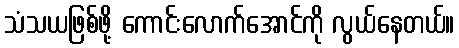
သံသယဖြစ်ဖို့ ကောင်းလောက်အောင်ကို လွယ်နေတယ်။